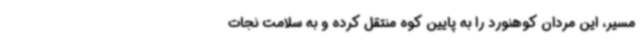
مسیر، این مردان کوهنورد را به پایین کوه منتقل کرده و به سلامت نجات